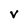
Character: v